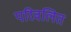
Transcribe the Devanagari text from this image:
परिवलित